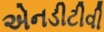
એનડીટીવી